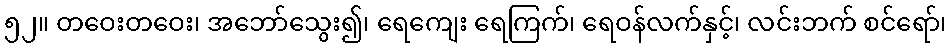
၅၂။ တဝေးတဝေး၊ အဘော်သွေး၍၊ ရေကျေး ရေကြက်၊ ရေဝန်လက်နှင့်၊ လင်းဘက် စင်ရော်၊